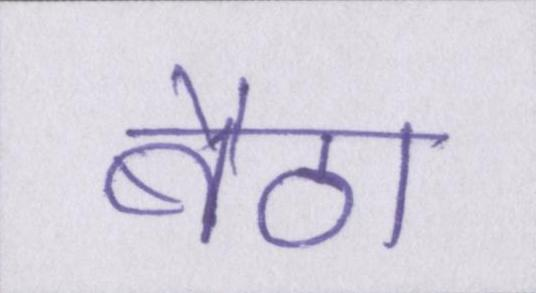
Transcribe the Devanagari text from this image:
बैठा